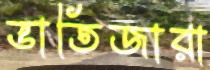
ভাতিজারা